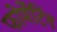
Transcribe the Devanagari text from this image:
फोर्मेटिंग